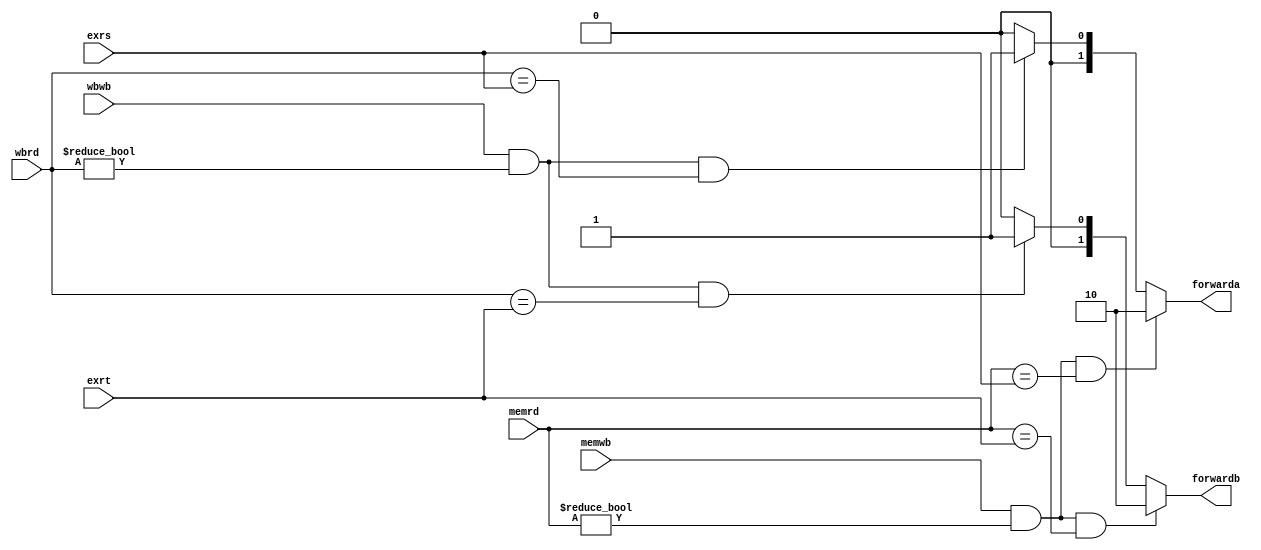
module forward(
               memrd,wbrd,exrs,exrt,memwb,wbwb,forwarda,forwardb
               );	   
			
//I/O ports               
input   [5-1:0] memrd;          
input   [5-1:0] wbrd;
input   [5-1:0] exrs;
input   [5-1:0] exrt;
input	memwb,wbwb;
output  [2-1:0] forwarda; 
output  [2-1:0] forwardb;

//Internal Signals
reg  [2-1:0] forwarda; 
reg  [2-1:0] forwardb;

//Main function
always@(*)begin
	if((memwb)&&(memrd!=0)&&(memrd==exrs))
	forwarda=2'b10;
	else if((wbwb)&&(wbrd!=0)&&(wbrd==exrs))
	forwarda=2'b01;
	else
	forwarda=2'b00;
	
	if((memwb)&&(memrd!=0)&&(memrd==exrt))
	forwardb=2'b10;
	else if((wbwb)&&(wbrd!=0)&&(wbrd==exrt))
	forwardb=2'b01;
	else
	forwardb=2'b00;
end
endmodule